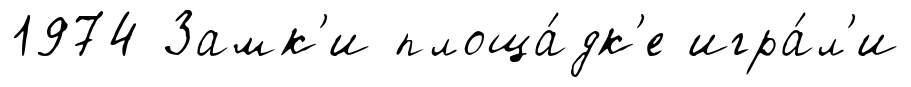
1974 Замк'и площа́дк'е игра́л'и